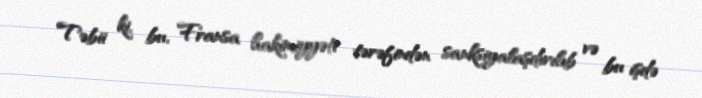
Təbii ki, bu, Fransa hakimiyyəti tərəfindən sanksiyalaşdırılıb və bu işdə